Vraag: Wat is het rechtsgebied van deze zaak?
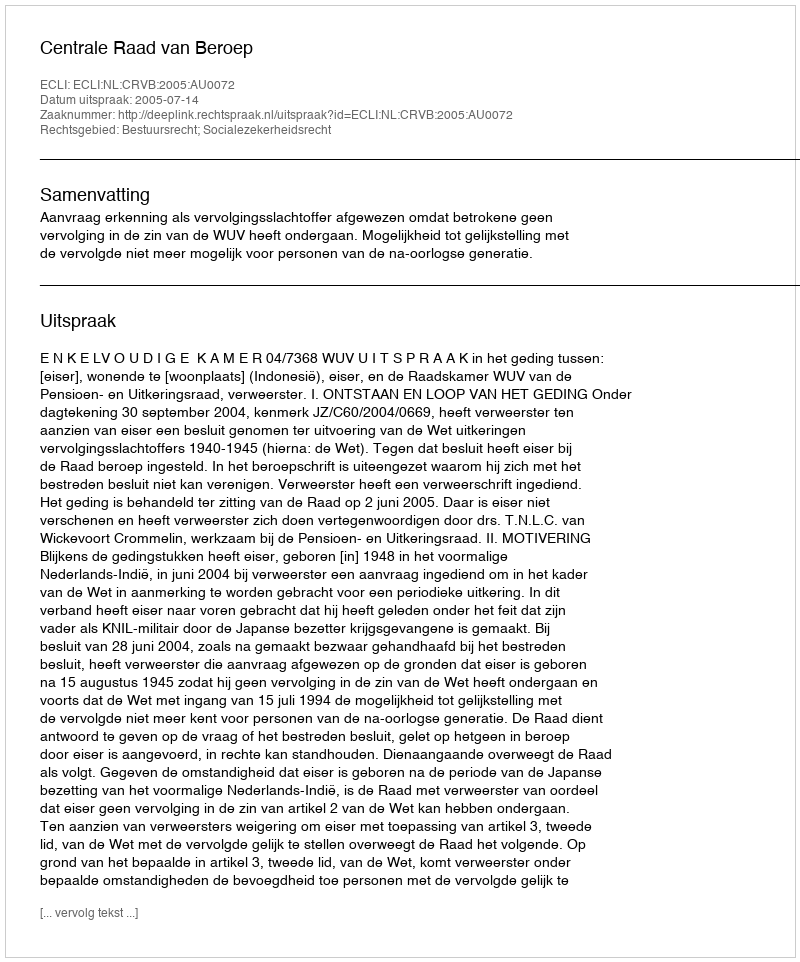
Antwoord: Bestuursrecht; Socialezekerheidsrecht